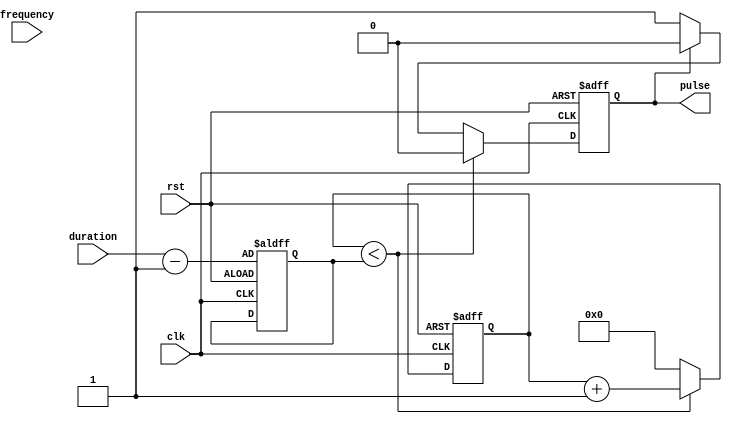
module VariableFrequencyPulseGenerator (
    input wire clk,
    input wire rst,
    input wire [31:0] frequency,
    input wire [31:0] duration,
    output reg pulse
);

reg [31:0] count;
reg [31:0] count_max;

always @ (posedge clk or posedge rst) begin
    if (rst == 1'b1) begin
        pulse <= 1'b0;
        count <= 32'd0;
        count_max <= duration - 1;
    end else begin
        if (count < count_max) begin
            count <= count + 1;
            pulse <= 1'b0;
        end else begin
            count <= 32'd0;
            if (pulse == 1'b0) begin
                pulse <= 1'b1;
            end else begin
                pulse <= 1'b0;
            end
        end
    end
end

endmodule